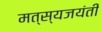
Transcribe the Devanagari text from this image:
मत्स्यजयंती